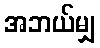
အဘယ်မျှ